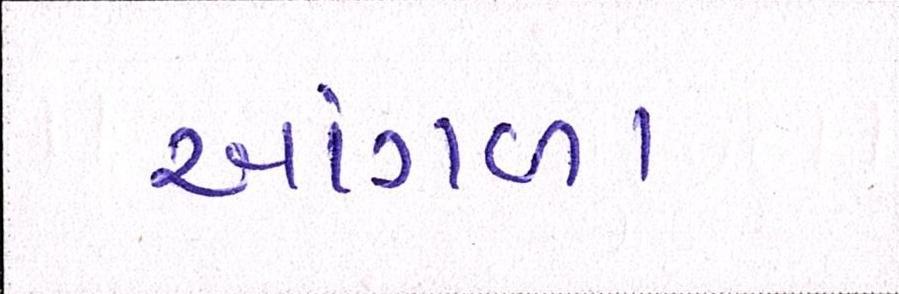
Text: આંગળા